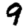
Digit: 9